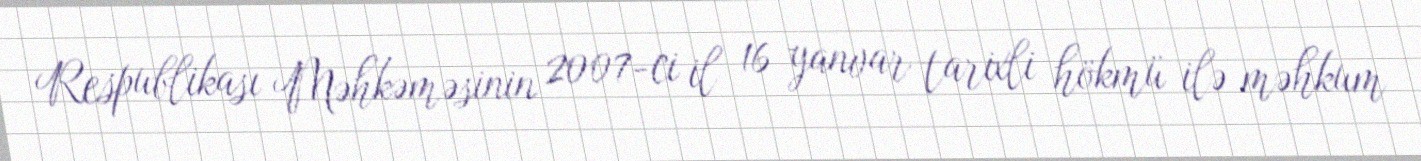
Respublikası Məhkəməsinin 2007-ci il 16 yanvar tarixli hökmü ilə məhkum